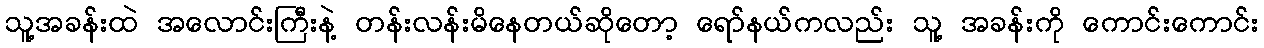
သူ့အခန်းထဲ အလောင်းကြီးနဲ့ တန်းလန်းမိနေတယ်ဆိုတော့ ရော်နယ်ကလည်း သူ့ အခန်းကို ကောင်းကောင်း